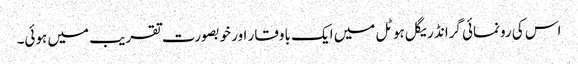
اس کی رونمائی گرانڈ ریگل ہوٹل میں ایک باوقار اور خوبصورت تقریب میں ہوئی۔